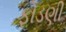
ફોડણી